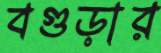
বগুড়ার